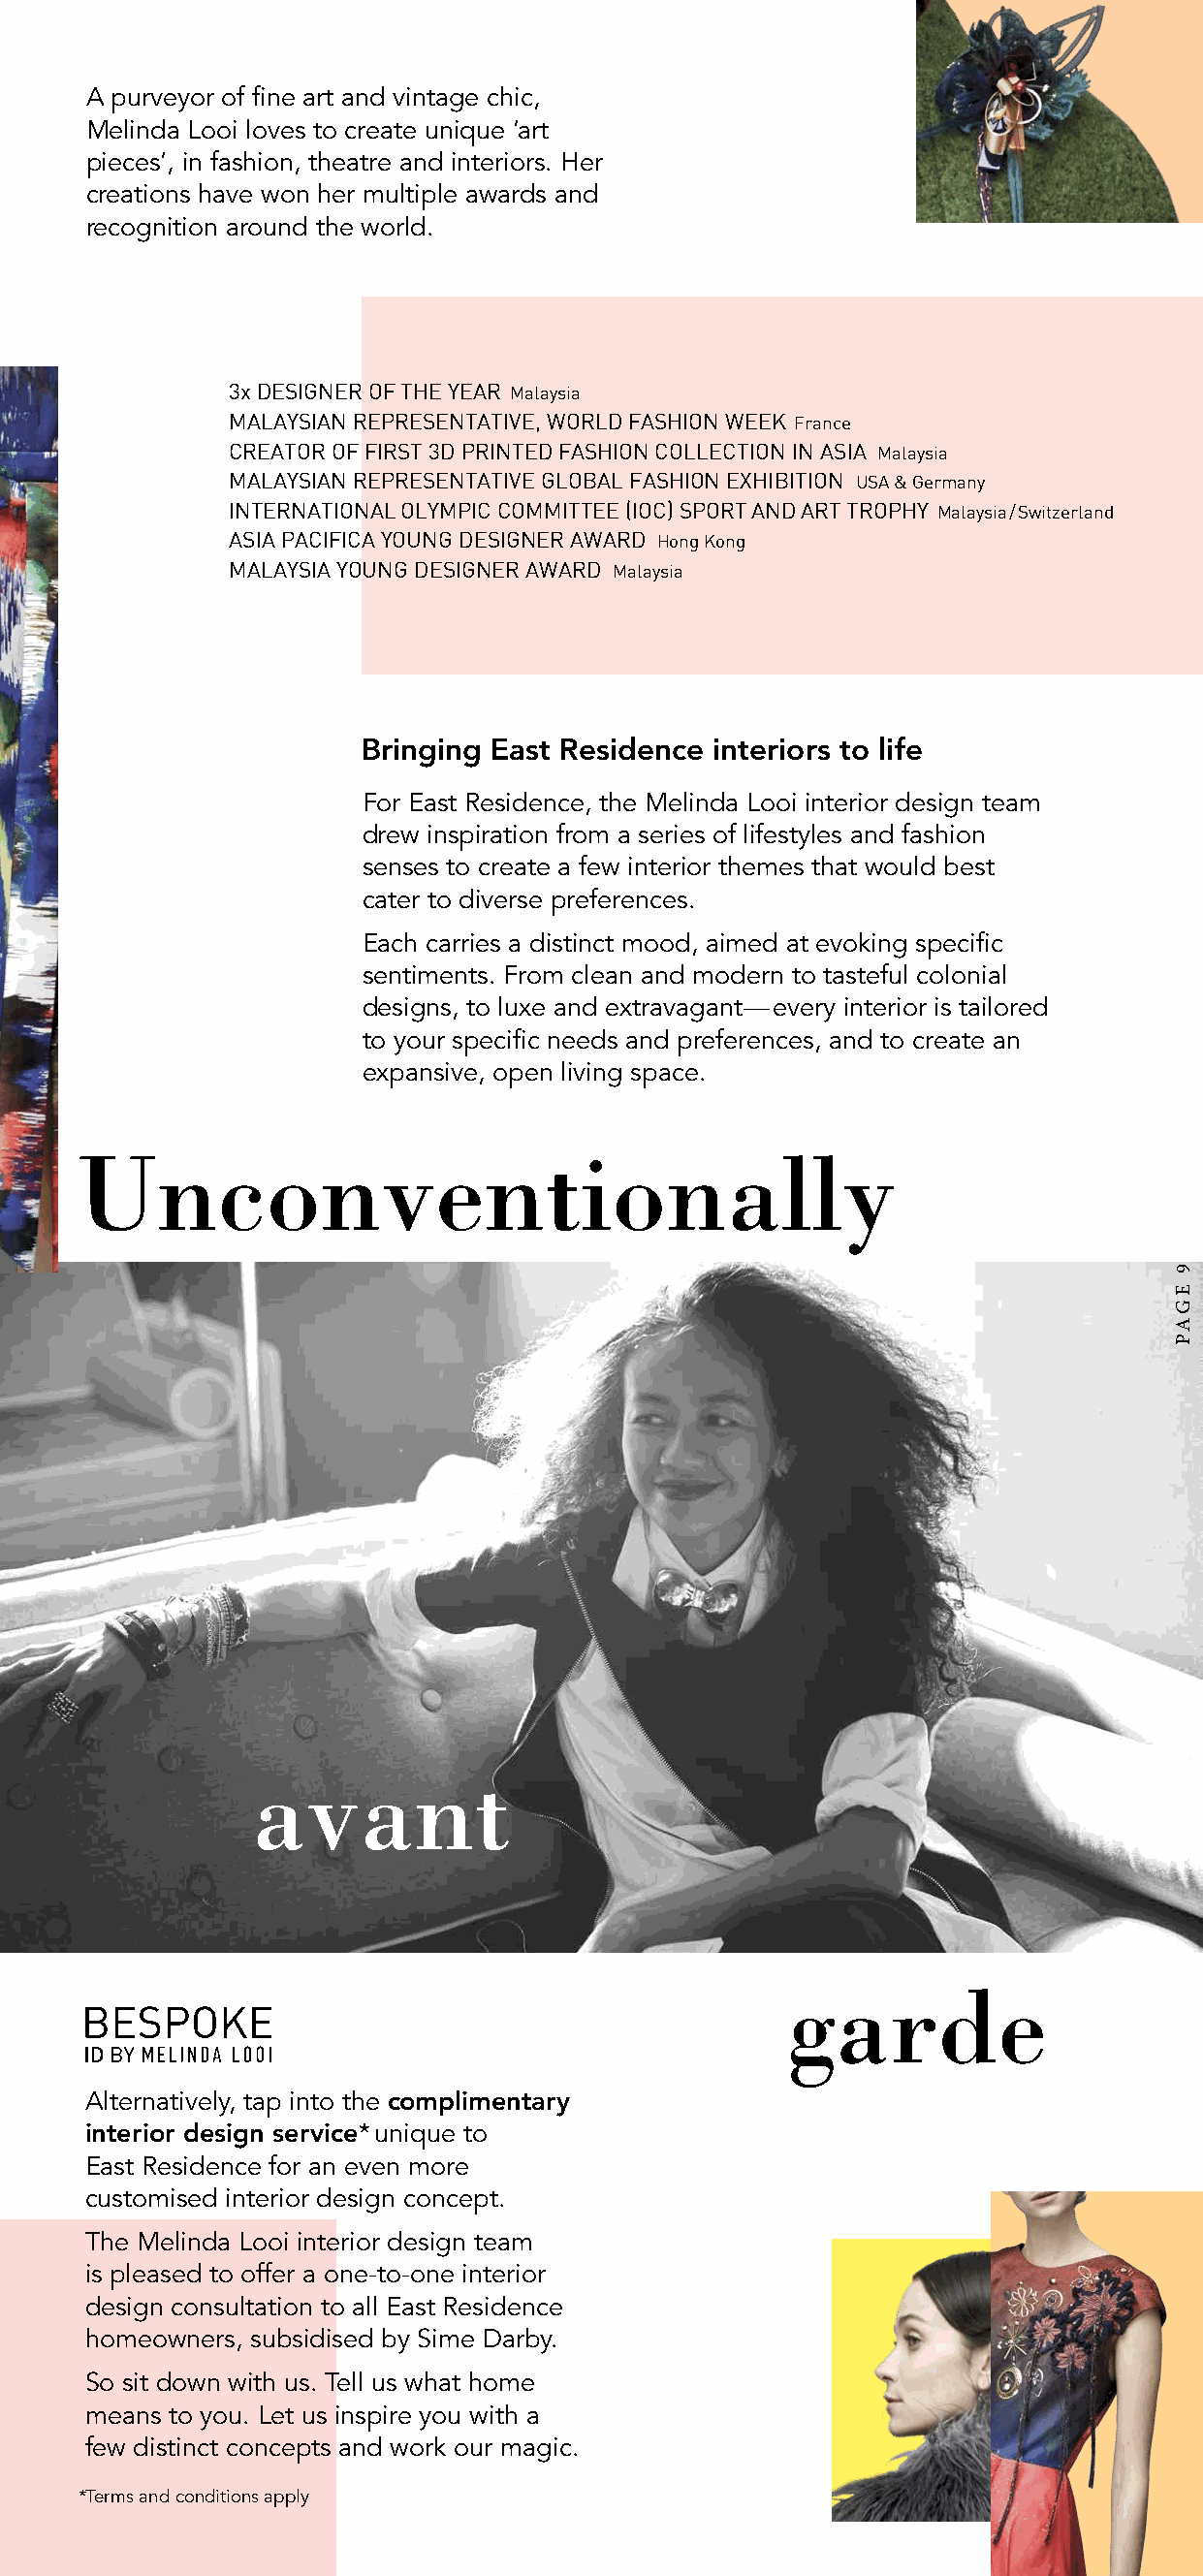
A purveyor of fine art and vintage chic,
 Melinda Looi loves to create unique ‘art
 pieces’, in fashion, theatre and interiors. Her
 creations have won her multiple awards and
 recognition around the world.
 3x DESIGNER OF THE YEAR Malaysia
 MALAYSIAN REPRESENTATIVE, WORLD FASHION WEEK France
 CREATOR OF FIRST 3D PRINTED FASHION COLLECTION IN ASIA Malaysia
 MALAYSIAN REPRESENTATIVE GLOBAL FASHION EXHIBITION USA & Germany
 INTERNATIONAL OLYMPIC COMMITTEE (IOC) SPORT AND ART TROPHY Malaysia / Switzerland
 ASIA PACIFICA YOUNG DESIGNER AWARD Hong Kong
 MALAYSIA YOUNG DESIGNER AWARD Malaysia
 Bringing East Residence interiors to life
 For East Residence, the Melinda Looi interior design team
 drew inspiration from a series of lifestyles and fashion
 senses to create a few interior themes that would best
 cater to diverse preferences.
 Each carries a distinct mood, aimed at evoking specific
 sentiments. From clean and modern to tasteful colonial
 designs, to luxe and extravagant—every interior is tailored
 to your specific needs and preferences, and to create an
 expansive, open living space.
 Unconventionally
 avant
 garde
 Alternatively, tap into the complimentary
 interior design service* unique to
 East Residence for an even more
 customised interior design concept.
 The Melinda Looi interior design team
 is pleased to offer a one-to-one interior
 design consultation to all East Residence
 homeowners, subsidised by Sime Darby.
 So sit down with us. Tell us what home
 means to you. Let us inspire you with a
 few distinct concepts and work our magic.
 *Terms and conditions apply
 9
 EGAP